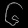
Digit: ၆